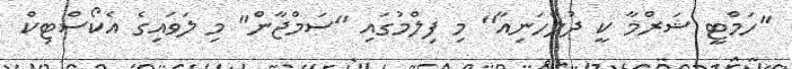
"ހަމްޓީ ޝަރްމާ ކީ ދުލްހަނިއާ" މި ފިލްމުގައި "ސަމްޖާން" މި ލަވައިގެ އެކޯސްޓިކް